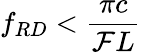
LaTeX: f_{RD}<\frac{\pi c}{\mathcal{F}L}